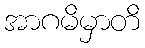
အာဂမိမှာတိ